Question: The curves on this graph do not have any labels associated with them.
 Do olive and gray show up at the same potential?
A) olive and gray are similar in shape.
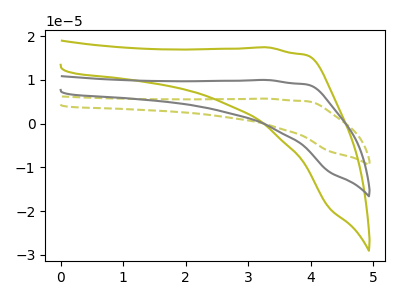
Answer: <think>The olive dashed curve "olive dashed" has no peaks. The olive curve "olive" has no peaks. The gray curve "gray" has no peaks.
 Neither "olive" or "gray" have any peaks.</think>
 <answer>A) "olive" and "gray" are similar in shape.</answer>
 <eval>A</eval>